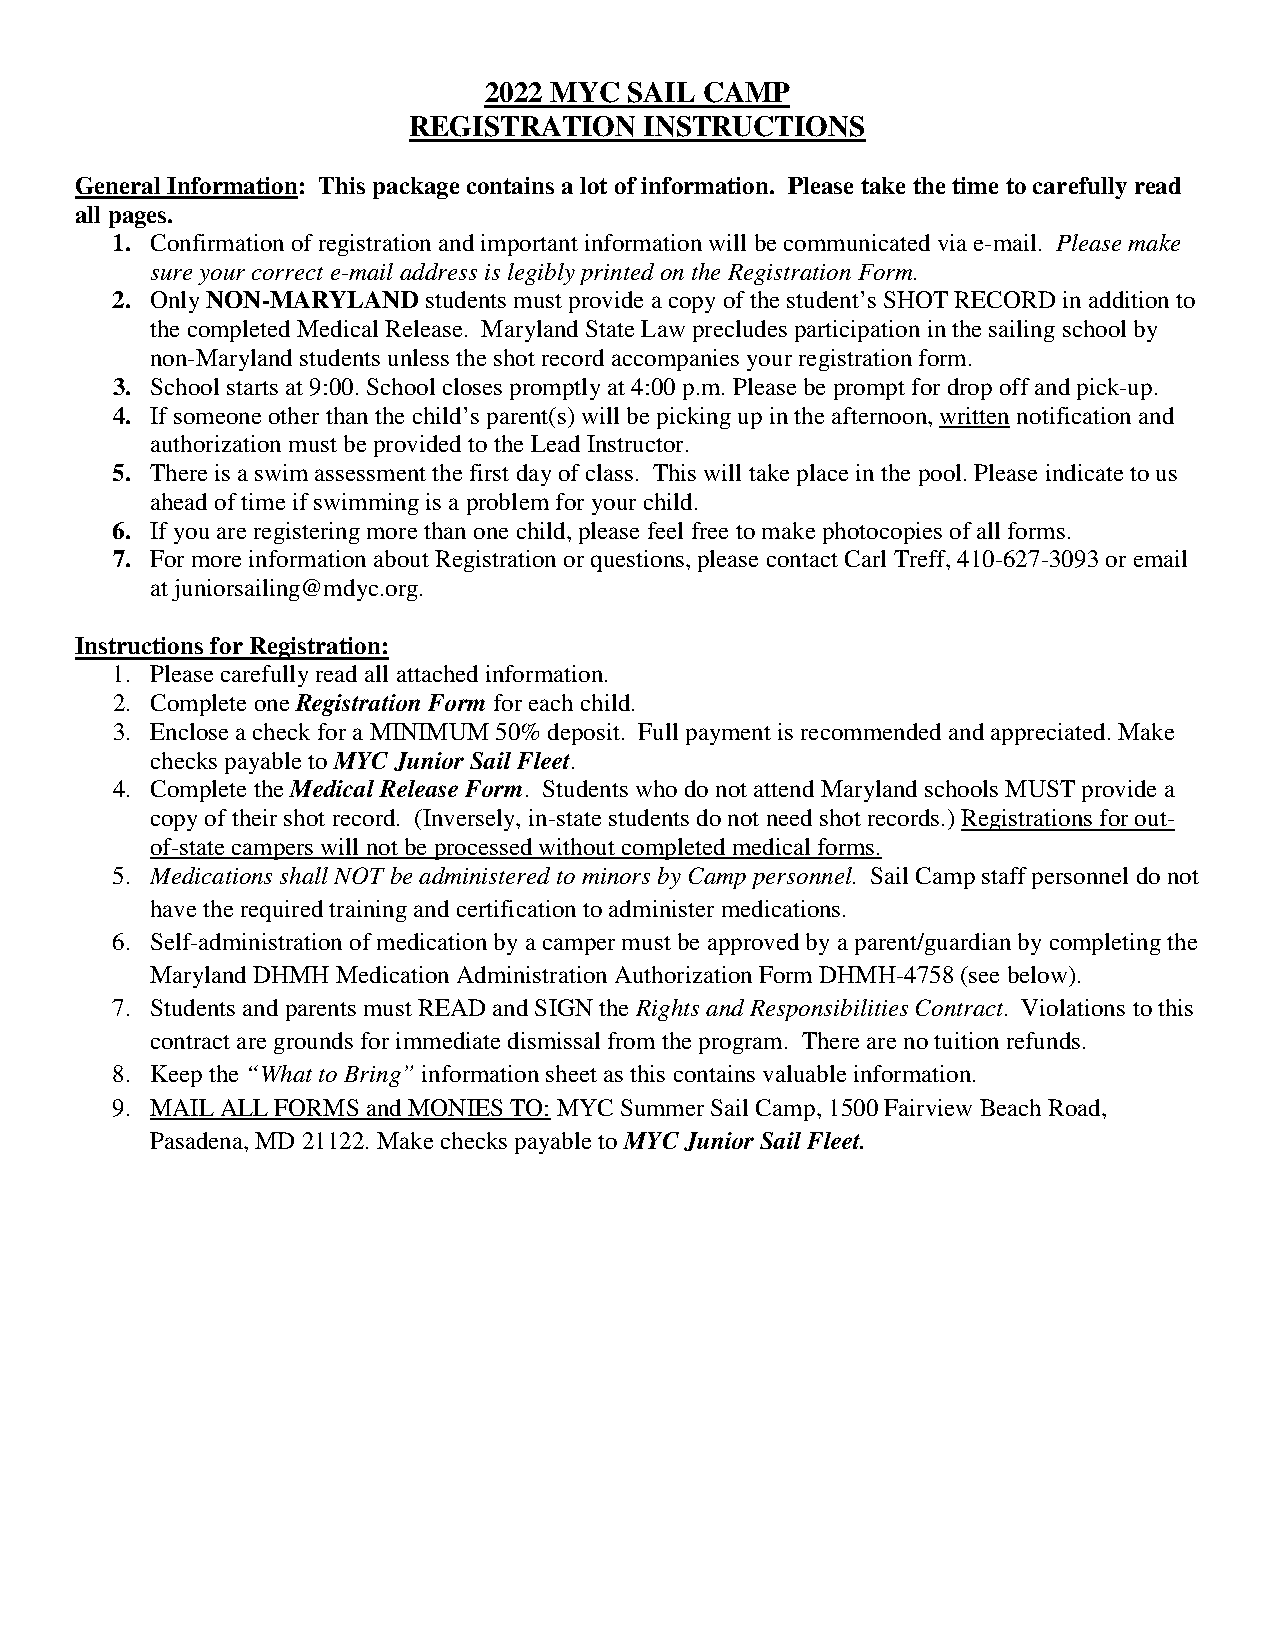
2022 MYC  SAIL CAMP
 REGISTRATION    INSTRUCTIONS
 General Information: This package contains a lot of information. Please take the time to carefully read
 all pages.
 1. Confirmation of registration and important information will be communicated via e-mail. Please make
 sure your correct e-mail address is legibly printed on the Registration Form.
 2. Only NON-MARYLAND students must provide a copy of the student’s SHOT RECORD in addition to
 the completed Medical Release. Maryland State Law precludes participation in the sailing school by
 non-Maryland students unless the shot record accompanies your registration form.
 3. School starts at 9:00. School closes promptly at 4:00 p.m. Please be prompt for drop off and pick-up.
 4. If someone other than the child’s parent(s) will be picking up in the afternoon, written notification and
 authorization must be provided to the Lead Instructor.
 5. There is a swim assessment the first day of class. This will take place in the pool. Please indicate to us
 ahead of time if swimming is a problem for your child.
 6. If you are registering more than one child, please feel free to make photocopies of all forms.
 7. For more information about Registration or questions, please contact Carl Treff, 410-627-3093 or email
 at juniorsailing@mdyc.org.
 Instructions for Registration:
 1. Please carefully read all attached information.
 2. Complete one Registration Form for each child.
 3. Enclose a check for a MINIMUM 50% deposit. Full payment is recommended and appreciated. Make
 checks payable to MYC Junior Sail Fleet.
 4. Complete the Medical Release Form. Students who do not attend Maryland schools MUST provide a
 copy of their shot record. (Inversely, in-state students do not need shot records.) Registrations for out-
 of-state campers will not be processed without completed medical forms.
 5. Medications shall NOT be administered to minors by Camp personnel. Sail Camp staff personnel do not
 have the required training and certification to administer medications.
 6. Self-administration of medication by a camper must be approved by a parent/guardian by completing the
 Maryland DHMH Medication Administration Authorization Form DHMH-4758 (see below).
 7. Students and parents must READ and SIGN the Rights and Responsibilities Contract. Violations to this
 contract are grounds for immediate dismissal from the program. There are no tuition refunds.
 8. Keep the “What to Bring” information sheet as this contains valuable information.
 9. MAIL ALL FORMS and MONIES TO: MYC Summer Sail Camp, 1500 Fairview Beach Road,
 Pasadena, MD 21122. Make checks payable to MYC Junior Sail Fleet.